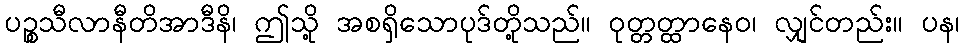
ပဉ္စသီလာနီတိအာဒီနိ၊ ဤသို့ အစရှိသောပုဒ်တို့သည်။ ဝုတ္တတ္ထာနေဝ၊ လျှင်တည်း။ ပန၊